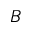
B